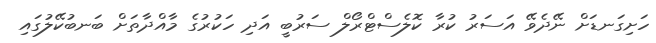
ހަށިގަނޑަށް ނޭދެވޭ އަސަރު ކުރާާ ކޮލެސްޓްރޯލް ސަރުބީ އަދި ހަކުރުގެ މާއްދާތަށް ބަނބުކޭލުގައި